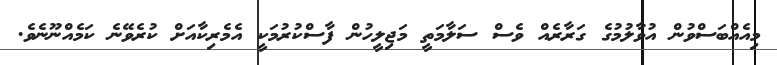
މިއެއްބަސްވުން އުވާލުމުގެ ގަރާރެއް ވެސް ސަލާމަތީ މަޖިލީހުން ފާސްކުރުމަކީ އެމެރިކާއަށް ކުރެވޭނެ ކަމެއްނޫނެވެ.